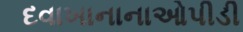
દવાખાનાનાઓપીડી